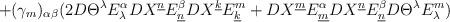
LaTeX: \begin{align*}+(\gamma_{m})_{\alpha\beta}(2D\Theta^{\lambda}E_{\lambda}^{\alpha}DX^{\underline{n}}E_{\underline{n}}^{\beta}DX^{\underline{k}}E_{\underline{k}}^{m}+DX^{\underline{m}}E_{\underline{m}}^{\alpha}DX^{\underline{n}}E_{\underline{n}}^{\beta}D\Theta^{\lambda}E_{\lambda}^{m})\end{align*}